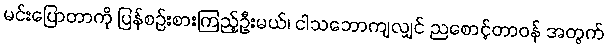
မင်းပြောတာကို ပြန်စဉ်းစားကြည့်ဦးမယ်၊ ငါသဘောကျလျှင် ညစောင့်တာဝန် အတွက်